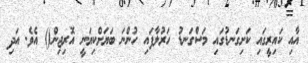
އާއި ކައިރީގައި ކަށިގަނޑުގައި މަސްގަނޑު ހަރުލާފައި ހުންނަ ބަޔަށްކިޔަނީ އޮރިޖިން() އެވެ. އަދި